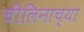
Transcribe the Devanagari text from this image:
चीलिनाच्या